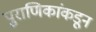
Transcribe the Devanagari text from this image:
पुराणिकांकडून